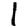
Digit: 1